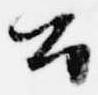
公